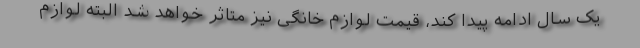
یک سال ادامه پیدا کند، قیمت لوازم خانگی نیز متاثر خواهد شد البته لوازم